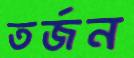
তর্জন